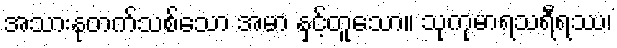
အသားနုတက်သစ်သော အမာ နှင့်တူသော။ သုကုမာရသရီရဿ၊